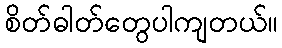
စိတ်ဓါတ်တွေပါကျတယ်။